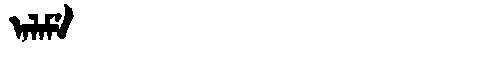
Manchu: ᠠᠯᠠᠮᡝ
Romanization: ALAME